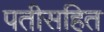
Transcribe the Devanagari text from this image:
पतीसहित